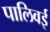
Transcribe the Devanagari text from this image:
पालिवई